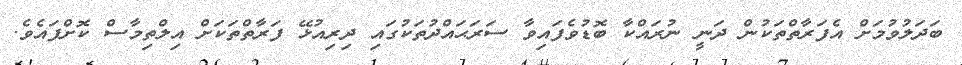
ބަދަލުވުމަށް އެފަރާތްތަކުން ދަނީ ނުރައްކާ ބޮޑުވެފައިވާ ސަރަޙައްދުތަކުގައި ދިރިއުޅޭ ފަރާތްތަކަށް އިލްތިމާސް ކޮށްފައެވެ.